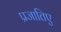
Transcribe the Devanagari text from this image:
प्रजातिए